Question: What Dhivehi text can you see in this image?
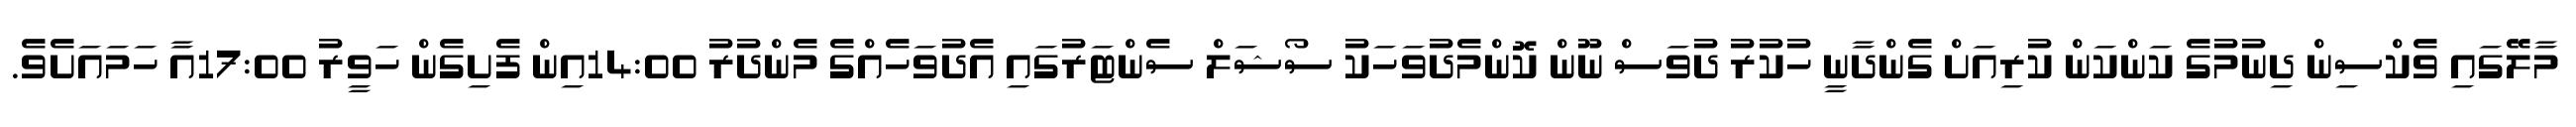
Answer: މާލޭގައި ވެކްސިން ދިނުމުގެ ކަންކަން ކުރިއަށް ގެންދާނީ ހުކުރު ދުވަސް ނޫން ކޮންމެދުވަހަކު ސޯޝަލް ސެންޓަރުގައި އެދުވަހެއްގެ މެންދުރު 14:00އިން ފެށިގެން ހަވީރު 17:00އާ ހަމައަށެވެ.